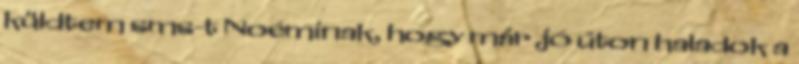
küldtem sms-t Noéminak, hogy már jó úton haladok a